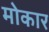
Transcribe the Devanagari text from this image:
मोकार